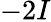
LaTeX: -2I